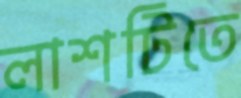
লাশটিতে